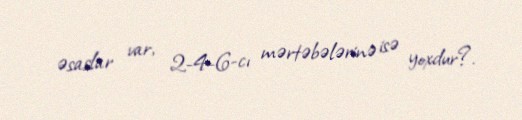
əsaslar var, 2-4-6-cı mərtəbələrinə isə yoxdur?.